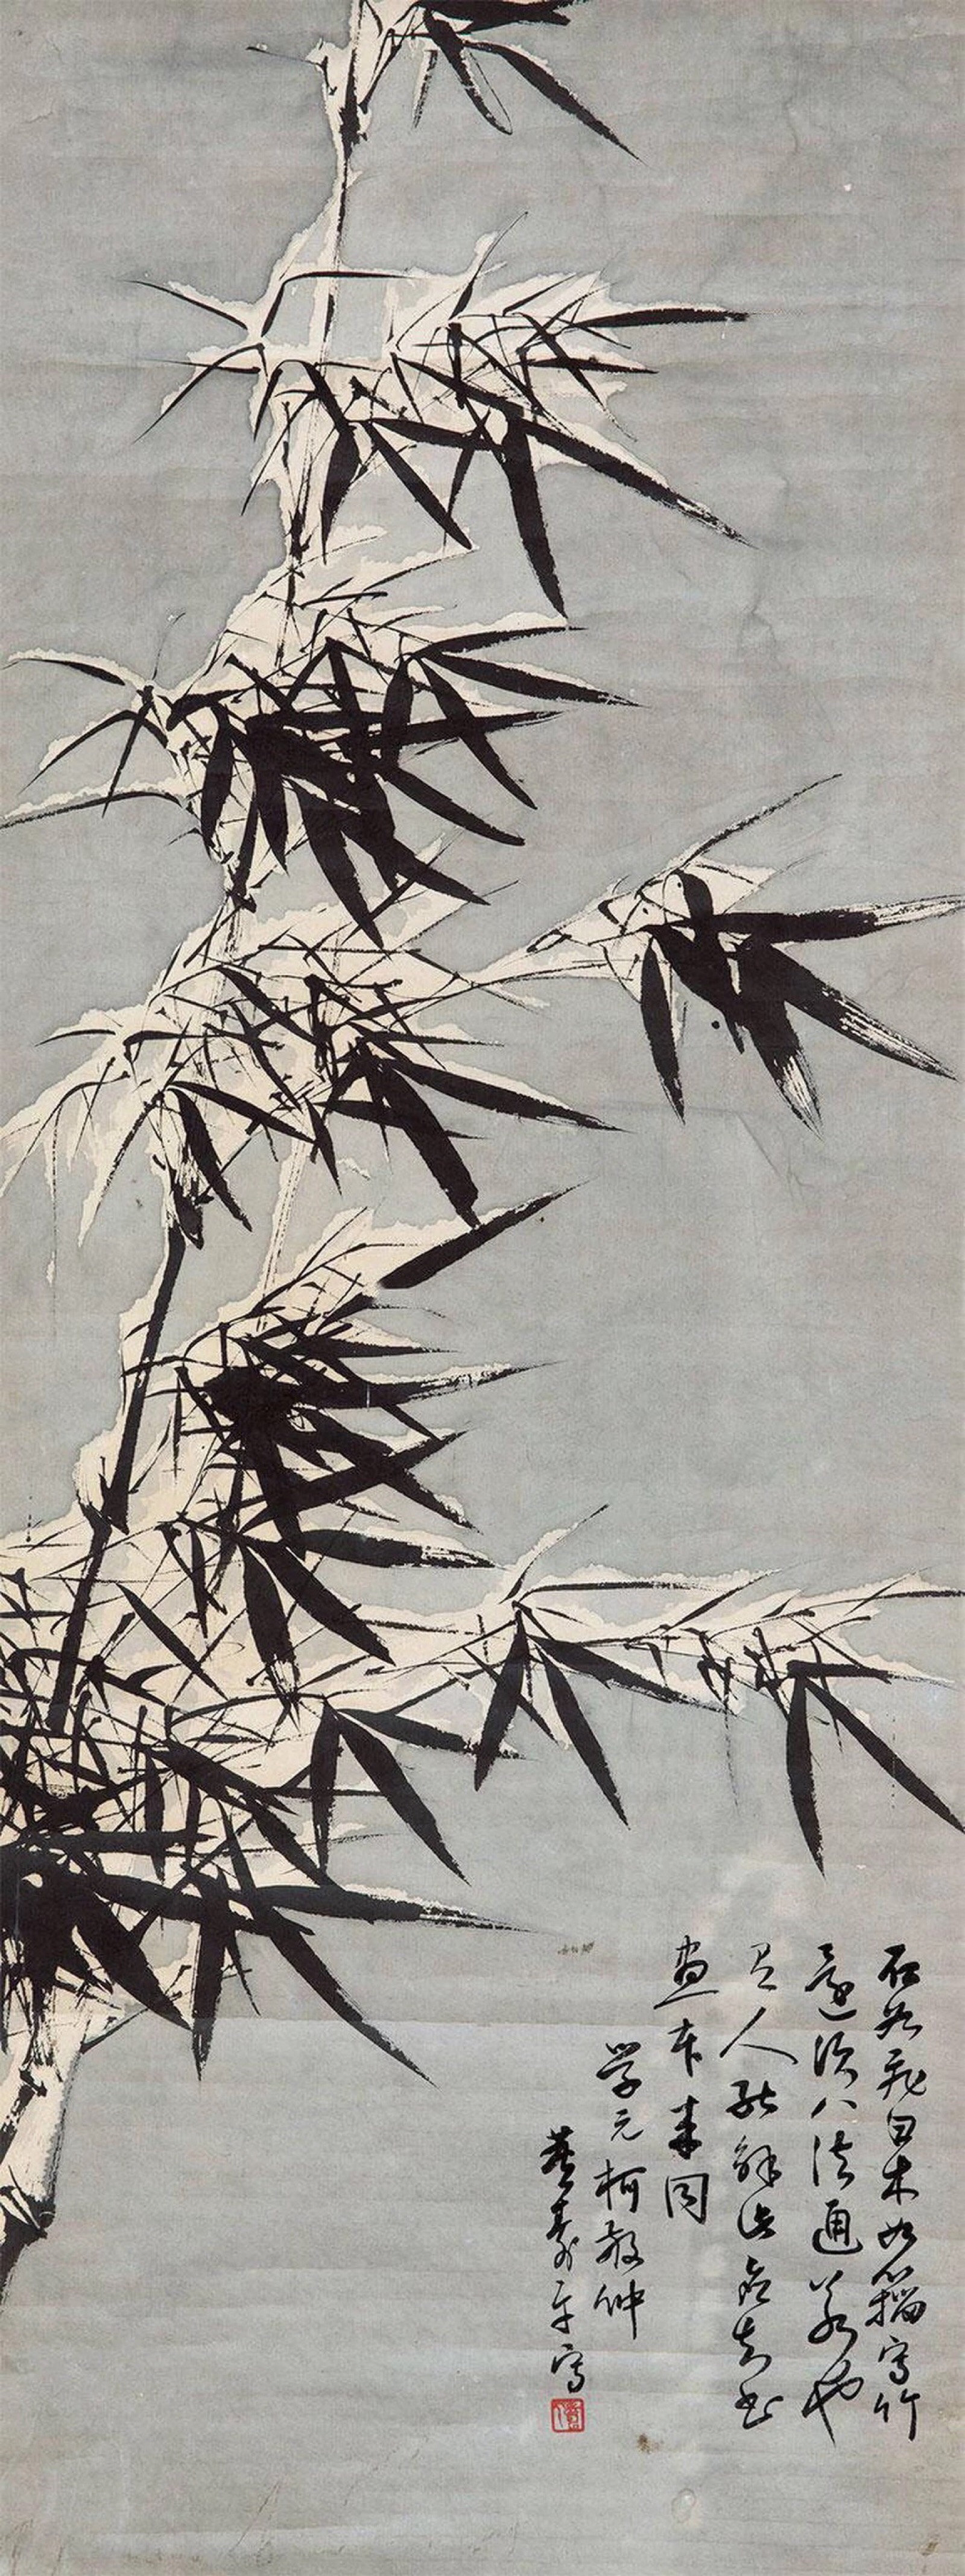
雪声偏傍竹，寒梦不离家。